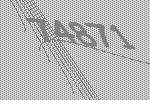
74871